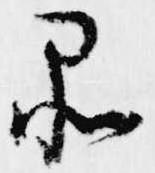
品